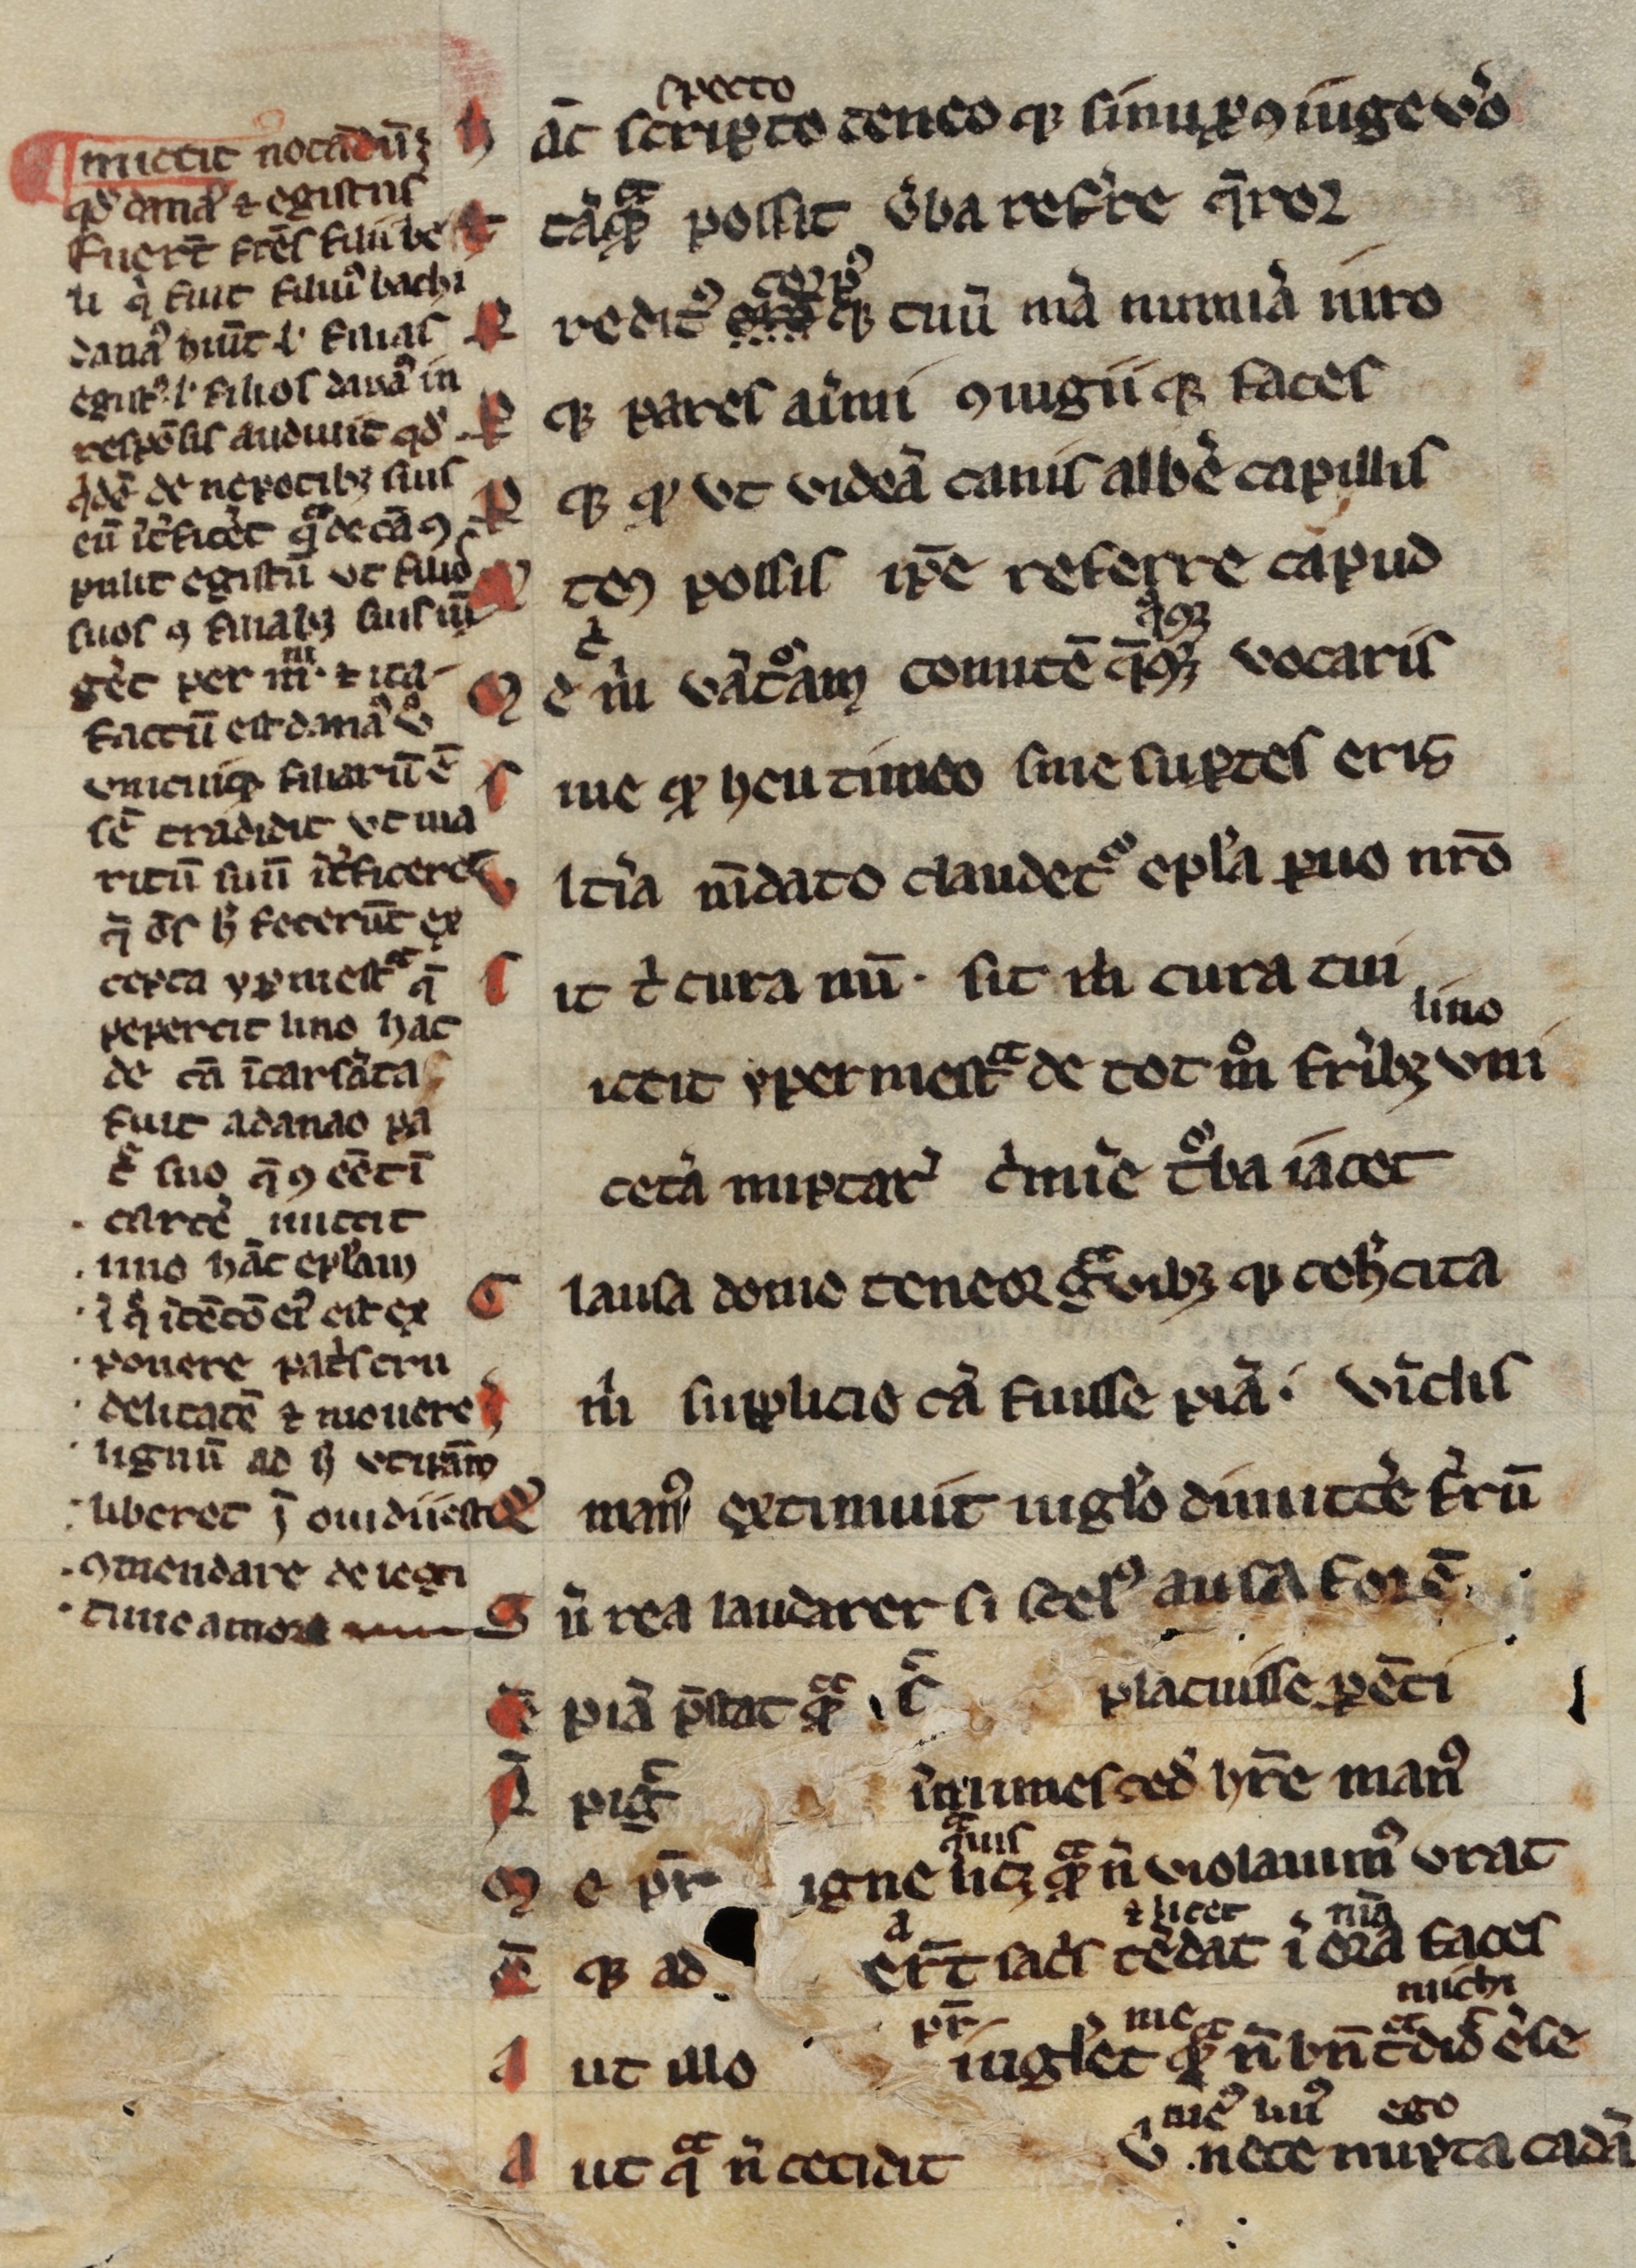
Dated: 1300–1399